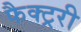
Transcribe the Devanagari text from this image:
फैक्ट्ररी